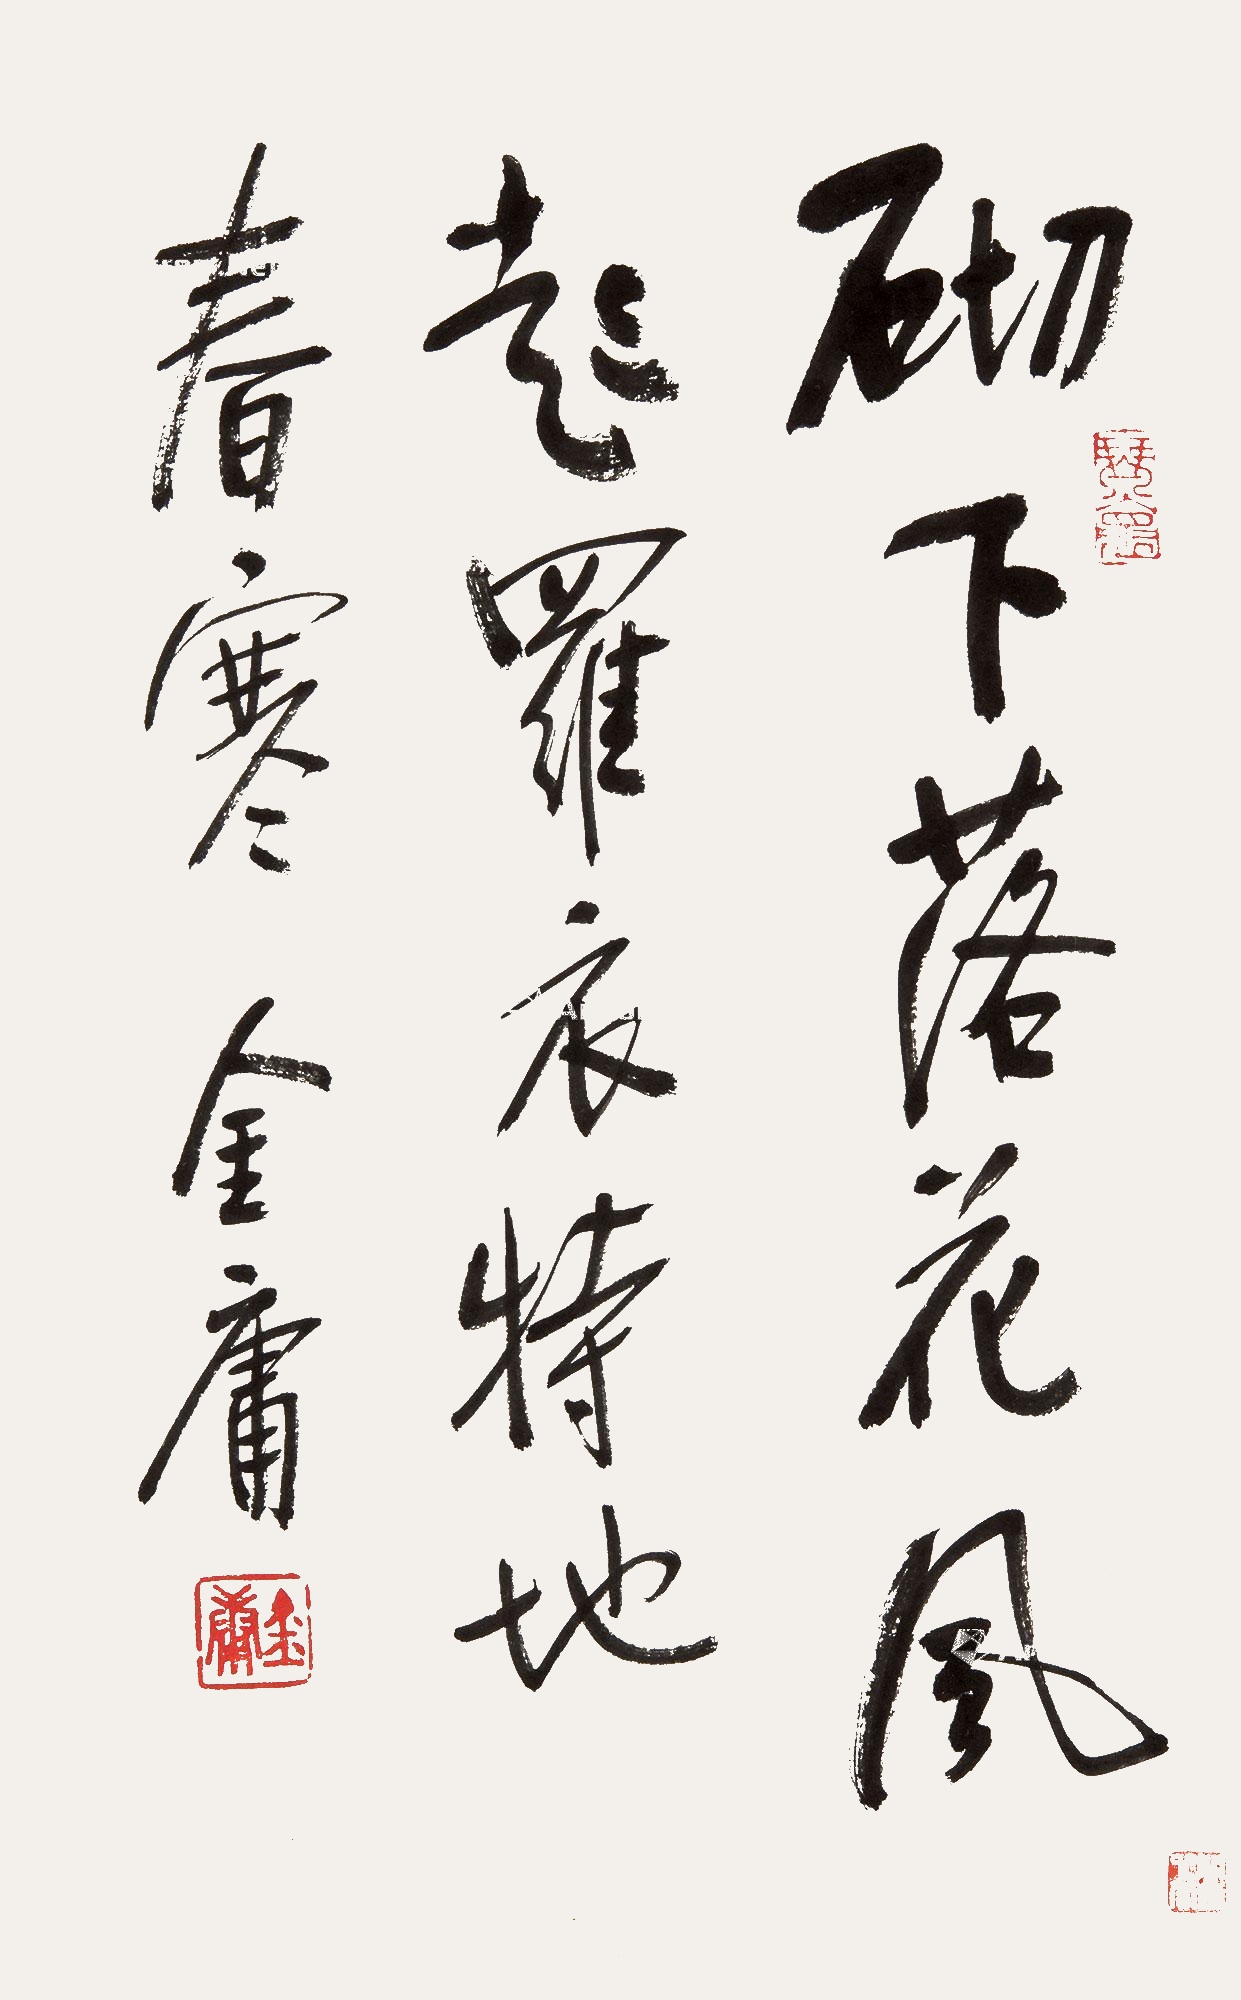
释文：砌下落花风起，罗衣特地春寒。金庸